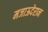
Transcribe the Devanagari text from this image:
मजाऊदेरान